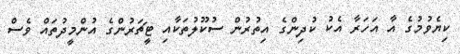
ކިޔެވުމުގެ އާ އަހަރާ އެކު ކުދިންގެ އިތުރުން ސުކޫލުތަކާއި ޓީޗަރުންގެ އުންމީދުތައް ވެސް